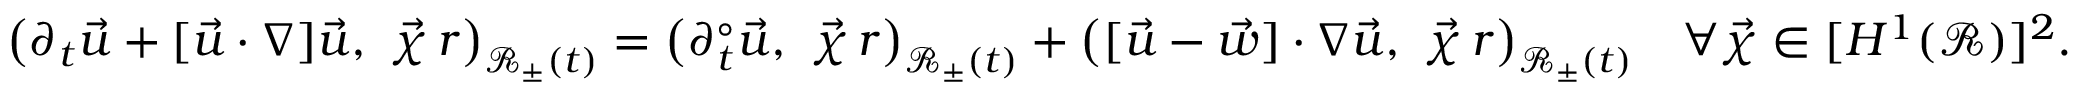
\bigl ( \partial _ { t } \vec { u } + [ \vec { u } \cdot \nabla ] \vec { u } , ~ \vec { \chi } \, r \bigr ) _ { \mathscr { R } _ { \pm } ( t ) } = \bigl ( \partial _ { t } ^ { \circ } \vec { u } , ~ \vec { \chi } \, r \bigr ) _ { \mathscr { R } _ { \pm } ( t ) } + \bigl ( [ \vec { u } - \vec { w } ] \cdot \nabla \vec { u } , ~ \vec { \chi } \, r \bigr ) _ { \mathscr { R } _ { \pm } ( t ) } \quad \forall \vec { \chi } \in [ H ^ { 1 } ( \mathscr { R } ) ] ^ { 2 } .